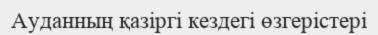
Ауданның қазіргі кездегі өзгерістері